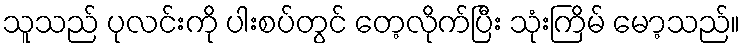
သူသည် ပုလင်းကို ပါးစပ်တွင် တေ့လိုက်ပြီး သုံးကြိမ် မော့သည်။